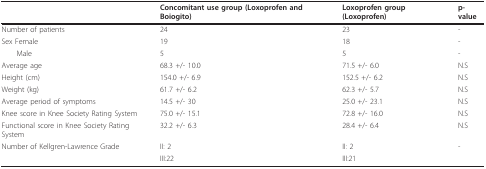
<table><thead><tr><td></td><td><b>Concomitant use group (Loxoprofen and Boiogito)</b></td><td><b>Loxoprofen group (Loxoprofen)</b></td><td><b>p-value</b></td></tr></thead><tbody><tr><td>Number of patients</td><td>24</td><td>23</td><td>-</td></tr><tr><td>Sex Female</td><td>19</td><td>18</td><td>-</td></tr><tr><td> Male</td><td>5</td><td>5</td><td>-</td></tr><tr><td>Average age</td><td>68.3 +/- 10.0</td><td>71.5 +/- 6.0</td><td>N.S</td></tr><tr><td>Height (cm)</td><td>154.0 +/- 6.9</td><td>152.5 +/- 6.2</td><td>N.S</td></tr><tr><td>Weight (kg)</td><td>61.7 +/- 6.2</td><td>62.3 +/- 5.7</td><td>N.S</td></tr><tr><td>Average period of symptoms</td><td>14.5 +/- 30</td><td>25.0 +/- 23.1</td><td>N.S</td></tr><tr><td>Knee score in Knee Society Rating System</td><td>75.0 +/- 15.1</td><td>72.8 +/- 16.0</td><td>N.S</td></tr><tr><td>Functional score in Knee Society Rating System</td><td>32.2 +/- 6.3</td><td>28.4 +/- 6.4</td><td>N.S</td></tr><tr><td>Number of Kellgren-Lawrence Grade</td><td>II: 2</td><td>II: 2</td><td>-</td></tr><tr><td></td><td>III:22</td><td>III:21</td><td></td></tr></tbody></table>